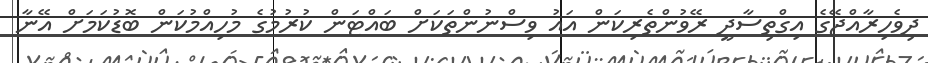
ދިވެހިރާއްޖޭގެ އިގްތިސާދީ ރޭވުންތެރިކަން އައު ވިސްނުންތަކަށް ބައްޓަން ކުރުމުގެ މުހިއްމުކަން ބޮޑުކަމަށް އޭނާ